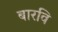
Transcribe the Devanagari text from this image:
बारवि